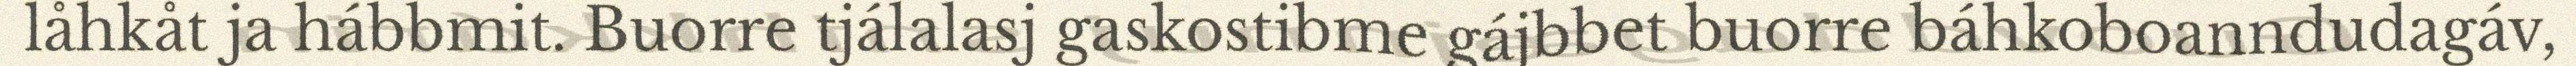
låhkåt ja hábbmit. Buorre tjálalasj gaskostibme gájbbet buorre báhkoboanndudagáv,